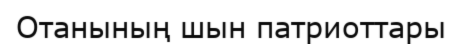
Отанының шын патриоттары